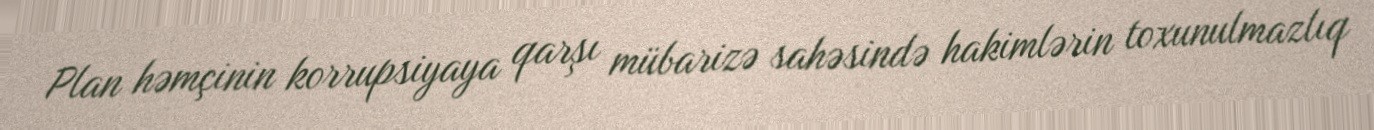
Plan həmçinin korrupsiyaya qarşı mübarizə sahəsində hakimlərin toxunulmazlıq